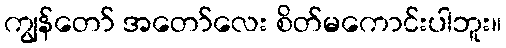
ကျွန်တော် အတော်လေး စိတ်မကောင်းပါဘူး။